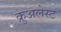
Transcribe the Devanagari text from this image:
क्रुअलेस्ट